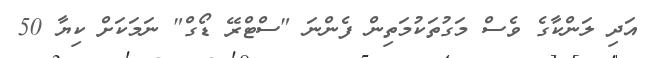
އަދި ލަންކާގެ ވެސް މަގުތަކުމަތިން ފެންނަ "ސްޓްރޭ ޑޯގް" ނަމަކަށް ކިޔާ 50